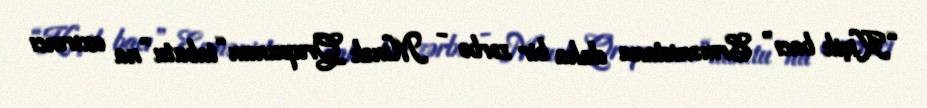
“Kiçik bacı” Ermənistana daha bir zərbə - Minsk Qrupunun “tabutu”na axırıncı